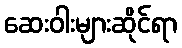
ဆေးဝါးများဆိုင်ရာ